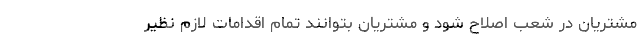
مشتریان در شعب اصلاح شود و مشتریان بتوانند تمام اقدامات لازم نظیر